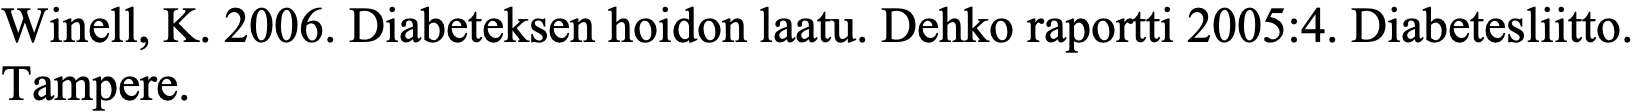
Winell, K. 2006. Diabeteksen hoidon laatu. Dehko raportti 2005:4. Diabetesliitto. Tampere.